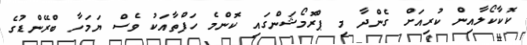
ކޮކާކޯލާއިން ކުރިއަށް ގެންދާ މި ޕްރޮމޯޝަންގައި ކޮންމެ ހަފްތާއަކު ވެސް ޔަމަހާ ބްރޭންޑުގެ